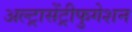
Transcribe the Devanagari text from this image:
अल्ट्रासेंट्रीफुगेशन